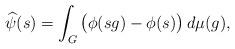
LaTeX: \begin{align*}\widehat{\psi}(s) = \int_G \big( \phi(sg) - \phi(s) \big) \, d\mu(g),\end{align*}